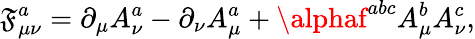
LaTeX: \mathfrak{F}_{\mu\nu}^{a}=\partial_{\mu}A_{\nu}^{a}-\partial_{\nu}A_{\mu}^{a}+\alphaf^{abc}A_{\mu}^{b}A_{\nu}^{c},